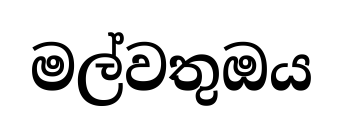
මල්වතුඔය